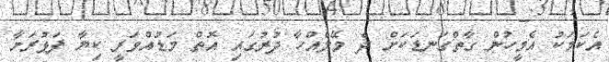
އެކަމަކު އެމީހުން ގާތްގަނޑަކަށް ދެ މޭލެއްހާ ދުރުގައި އޮތް މަޑުއްވަރީ ކިޔާ ފަޅުރަށާ